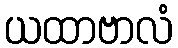
ယထာဗာလံ